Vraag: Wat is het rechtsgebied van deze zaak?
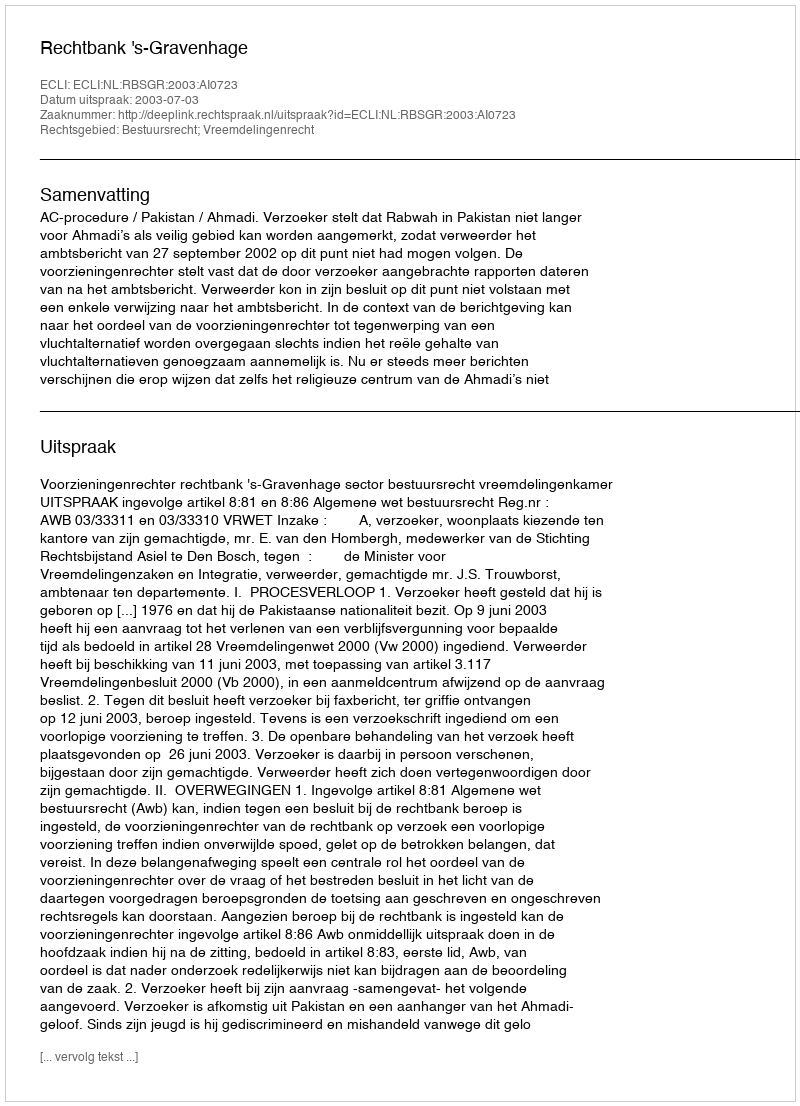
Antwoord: Bestuursrecht; Vreemdelingenrecht